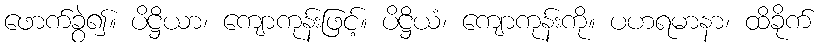
ဖောက်ခွဲ၍။ ပိဋ္ဌိယာ၊ ကျောကုန်းဖြင့်။ ပိဋ္ဌိယံ၊ ကျောကုန်းကို။ ပဟရမာနာ၊ ထိခိုက်